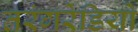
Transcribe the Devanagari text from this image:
तरंगरेडियो